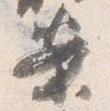
案